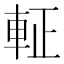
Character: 𮝆